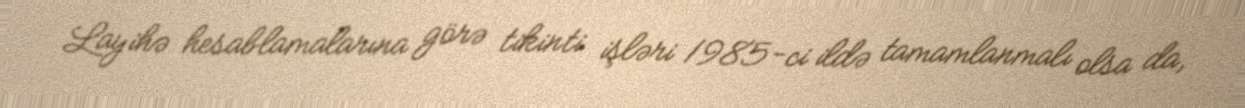
Layihə hesablamalarına görə tikinti işləri 1985-ci ildə tamamlanmalı olsa da,